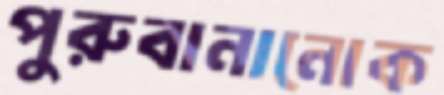
পুরুবানানোক